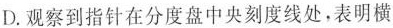
D. 观察到指针在分度盘中央刻度线处，表明横